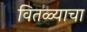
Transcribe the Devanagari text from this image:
वितळ्याचा